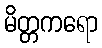
မိတ္တကရော